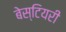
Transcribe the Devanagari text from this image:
बेस्टियरी